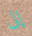
إلى